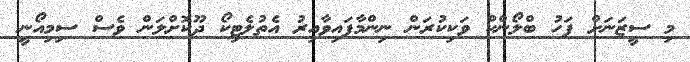
މި ސީޒަނަށް ފަހު ބްލޯންކް ވަކިކުރަން ނިންމާފައިވާއިރު އެތުލެޓިކޯ ދޫކޮށްލަން ވެސް ސިމިއޯނީ